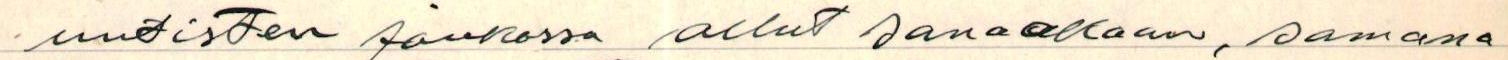
uutisten joukossa ollut sanaakaan, samana